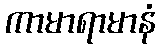
ကာမာရာမာနံ